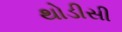
થોડીસી